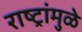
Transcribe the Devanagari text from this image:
राष्ट्रांमुळे